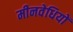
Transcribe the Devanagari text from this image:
मीनवेधियों